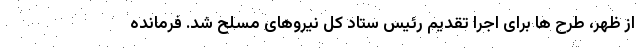
از ظهر، طرح ها برای اجرا تقدیم رئیس ستاد کل نیروهای مسلح شد. فرمانده